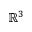
\mathbb { R } ^ { 3 }